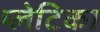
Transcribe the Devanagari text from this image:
प्लेटिका